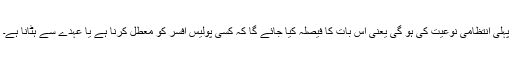
پہلی انتظامی نوعیت کی ہو گی یعنی اس بات کا فیصلہ کیا جائے گا کہ کسی پولیس افسر کو معطل کرنا ہے یا عہدے سے ہٹانا ہے۔